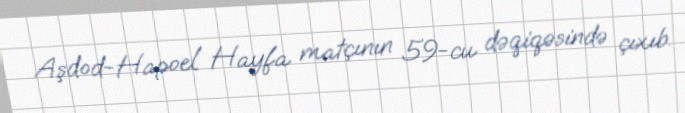
Aşdod-Hapoel Hayfa matçının 59-cu dəqiqəsində çıxıb.